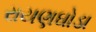
રાયણઘોડા